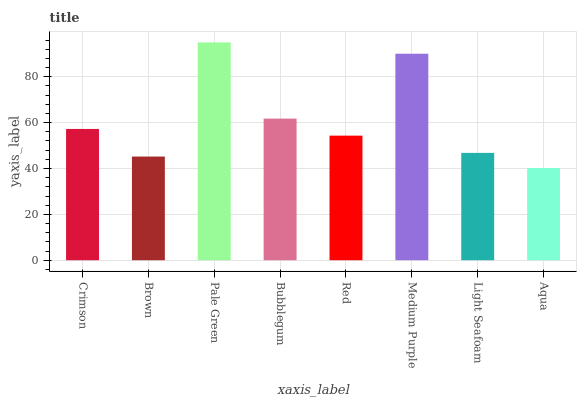
| xaxis_label | bars |
 | --- | --- |
 | Crimson | 57.2 |
 | Brown | 45.2 |
 | Pale Green | 95 |
 | Bubblegum | 61.7 |
 | Red | 54.3 |
 | Medium Purple | 90 |
 | Light Seafoam | 46.8 |
 | Aqua | 40.2 |